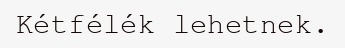
Kétfélék lehetnek.